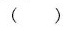
()